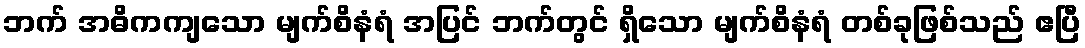
ဘက် အဓိကကျသော မျက်စိနံရံ အပြင် ဘက်တွင် ရှိသော မျက်စိနံရံ တစ်ခုဖြစ်သည် ဧပြီ